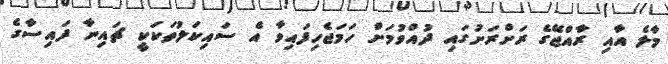
މާލެ އާއި ރާއްޖޭގެ ރަށްރަށުގައި ދުއްވުމަށް ހަމަޖެހިފައިވާ އެ ސައިކަލުތަކަކީ ޗައިނާ ފައިސާގެ